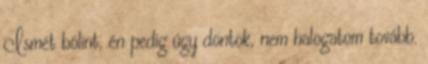
Ismét bólint, én pedig úgy döntök, nem halogatom tovább.